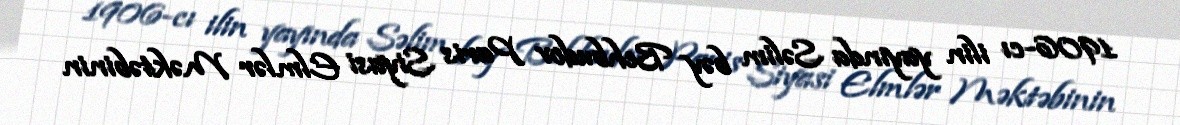
1906-cı ilin yayında Səlim bəy Behbudov Paris Siyasi Elmlər Məktəbinin